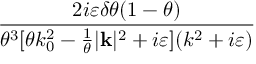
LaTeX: \frac { 2 i \varepsilon \delta \theta ( 1 - \theta ) } { \theta ^ { 3 } [ \theta k _ { 0 } ^ { 2 } - \frac { 1 } { \theta } | \mathbf { k } | ^ { 2 } + i \varepsilon ] ( k ^ { 2 } + i \varepsilon ) }